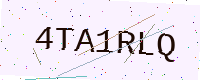
Text: 4TA1RLQ